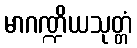
မာဂဏ္ဍိယသုတ္တံ